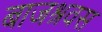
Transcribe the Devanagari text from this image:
बाजश्रवस